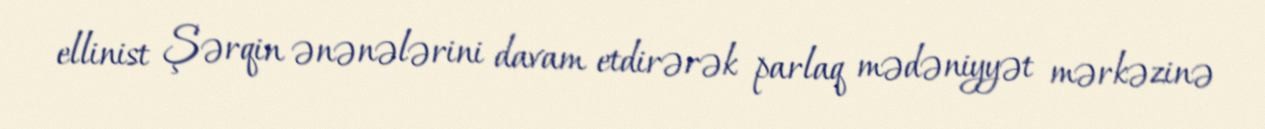
ellinist Şərqin ənənələrini davam etdirərək parlaq mədəniyyət mərkəzinə